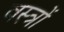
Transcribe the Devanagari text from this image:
वस्‍त्रों